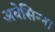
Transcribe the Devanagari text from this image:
अवेसिन्ना